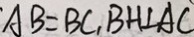
A B = B C , B H \bot A C